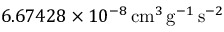
6 . 6 7 4 2 8 \times 1 0 ^ { - 8 } { \mathrm { \, c m } } ^ { 3 } { { \mathrm { \, g } } } ^ { - 1 } { \mathrm { \, s } } ^ { - 2 }